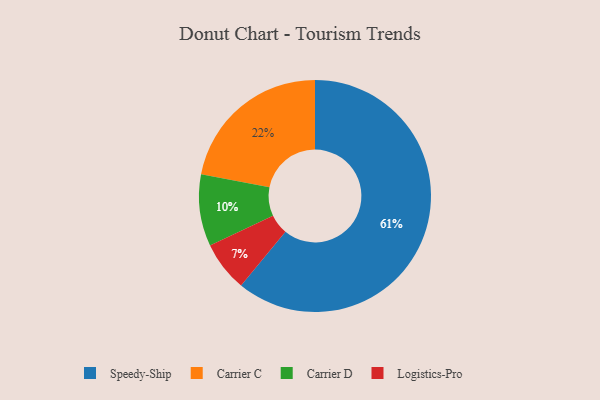
{"axis": {"x": "Category", "y": "Percentage"}, "legend": ["Carrier C", "Carrier D", "Logistics-Pro", "Speedy-Ship"], "data": [{"x": "Speedy-Ship", "y": 61, "type": "Speedy-Ship"}, {"x": "Carrier C", "y": 22, "type": "Carrier C"}, {"x": "Carrier D", "y": 10, "type": "Carrier D"}, {"x": "Logistics-Pro", "y": 7, "type": "Logistics-Pro"}]}